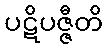
ပဋိပဇ္ဇီတိ